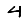
Digit: 4